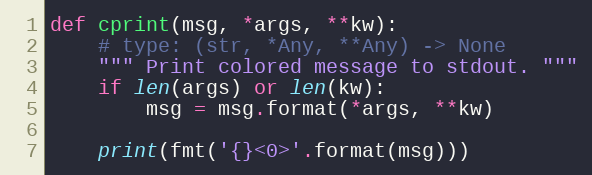
Language: Python
def cprint(msg, *args, **kw):
    # type: (str, *Any, **Any) -> None
    """ Print colored message to stdout. """
    if len(args) or len(kw):
        msg = msg.format(*args, **kw)

    print(fmt('{}<0>'.format(msg)))